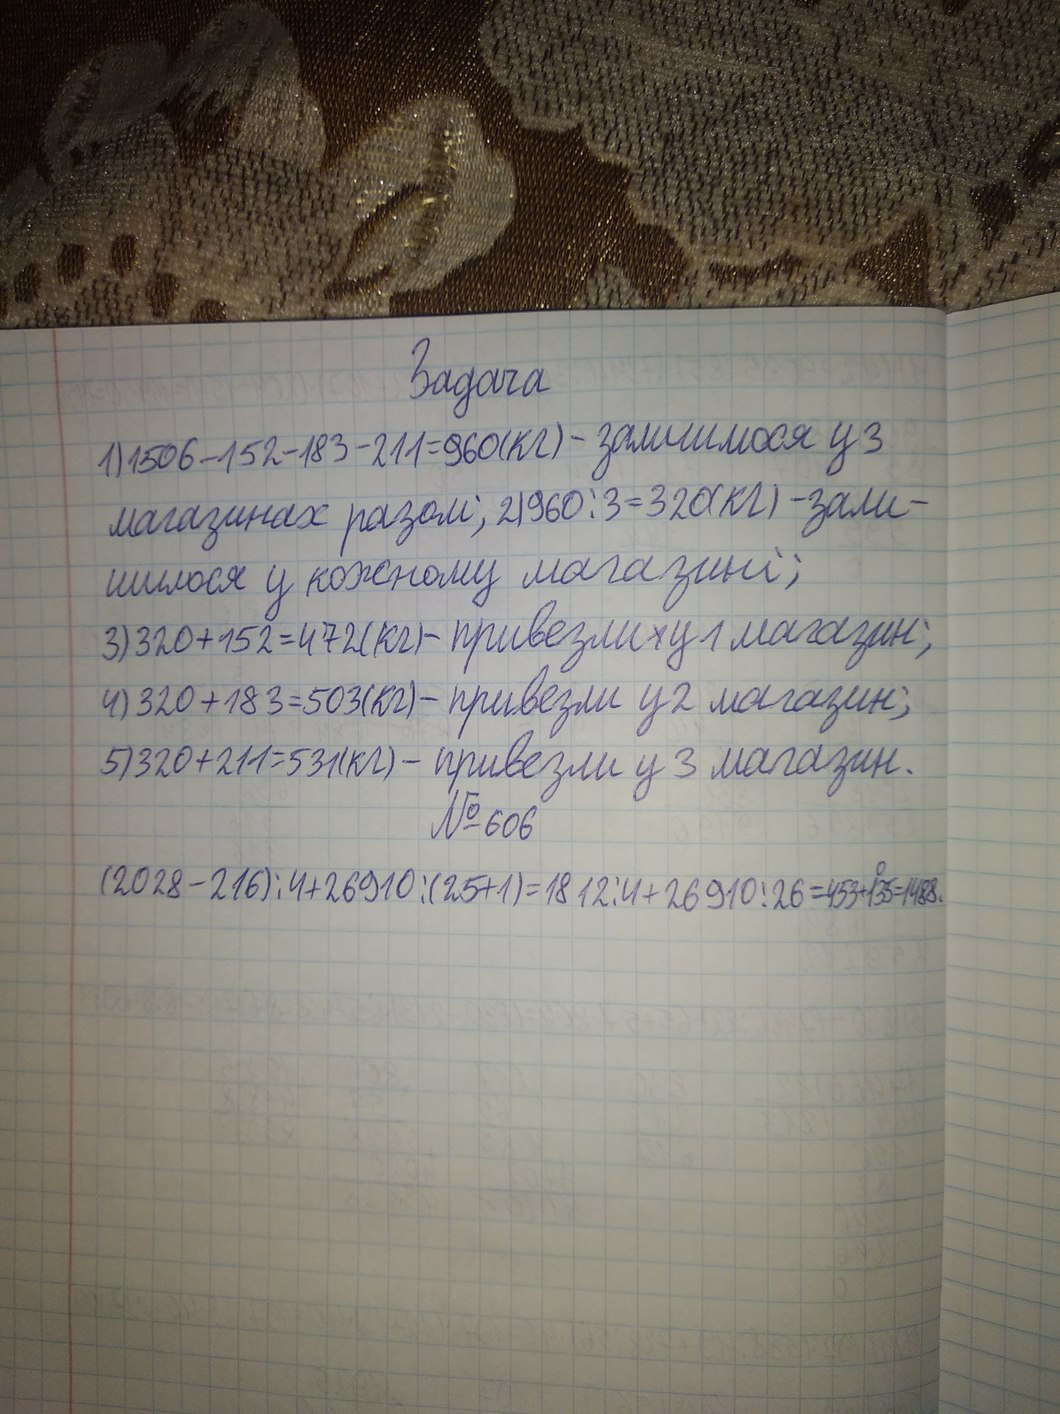
Задача
1) 1506-152-183-211=960(кг) - залишилося у 3
магазинах разом; 2) 960 : 3 = 320 (кг) - зали-
шилося у кожному магазині;
3) 320+152=472(кг)- привезли у 1 магазин;
4) 320 + 183 = 503 (кг) - привезли у 2 магазин;
5) 320 + 211 = 531 (кг) - привезли у 3 магазин.
№ 606
(2028-216):4+26910:(25+1)=1812:4+26910:26=453+1(0)35=1488.